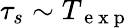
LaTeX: \tau_{s}\sim T_{\mathrm{~e~x~p~}}